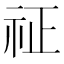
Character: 𥘺